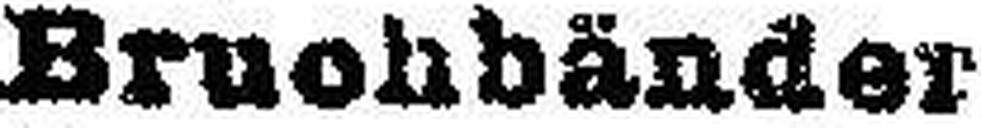
Bruchbänder